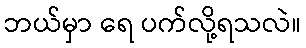
ဘယ်မှာ ရေ ပက်လို့ရသလဲ။